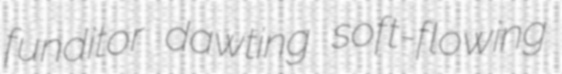
funditor dawting soft-flowing